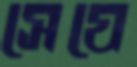
সেযে